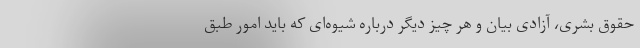
حقوق بشری، آزادی بیان و هر چیز دیگر درباره شیوه‌ای که باید امور طبق